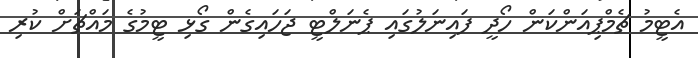
އެޓީމު ޗެމްޕިއަންކަން ހޯދީ ފައިނަލުގައި ޕެނަލްޓީ ޖަހައިގެން ގޯޅި ޓީމުގެ މައްޗަށް ކުރި